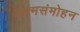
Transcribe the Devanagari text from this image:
आत्मसंमोहन